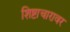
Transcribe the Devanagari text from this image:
शिष्टाचारावर